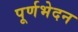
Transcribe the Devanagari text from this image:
पूर्णभेदन